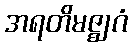
အရတိမဇ္ဈဂံ